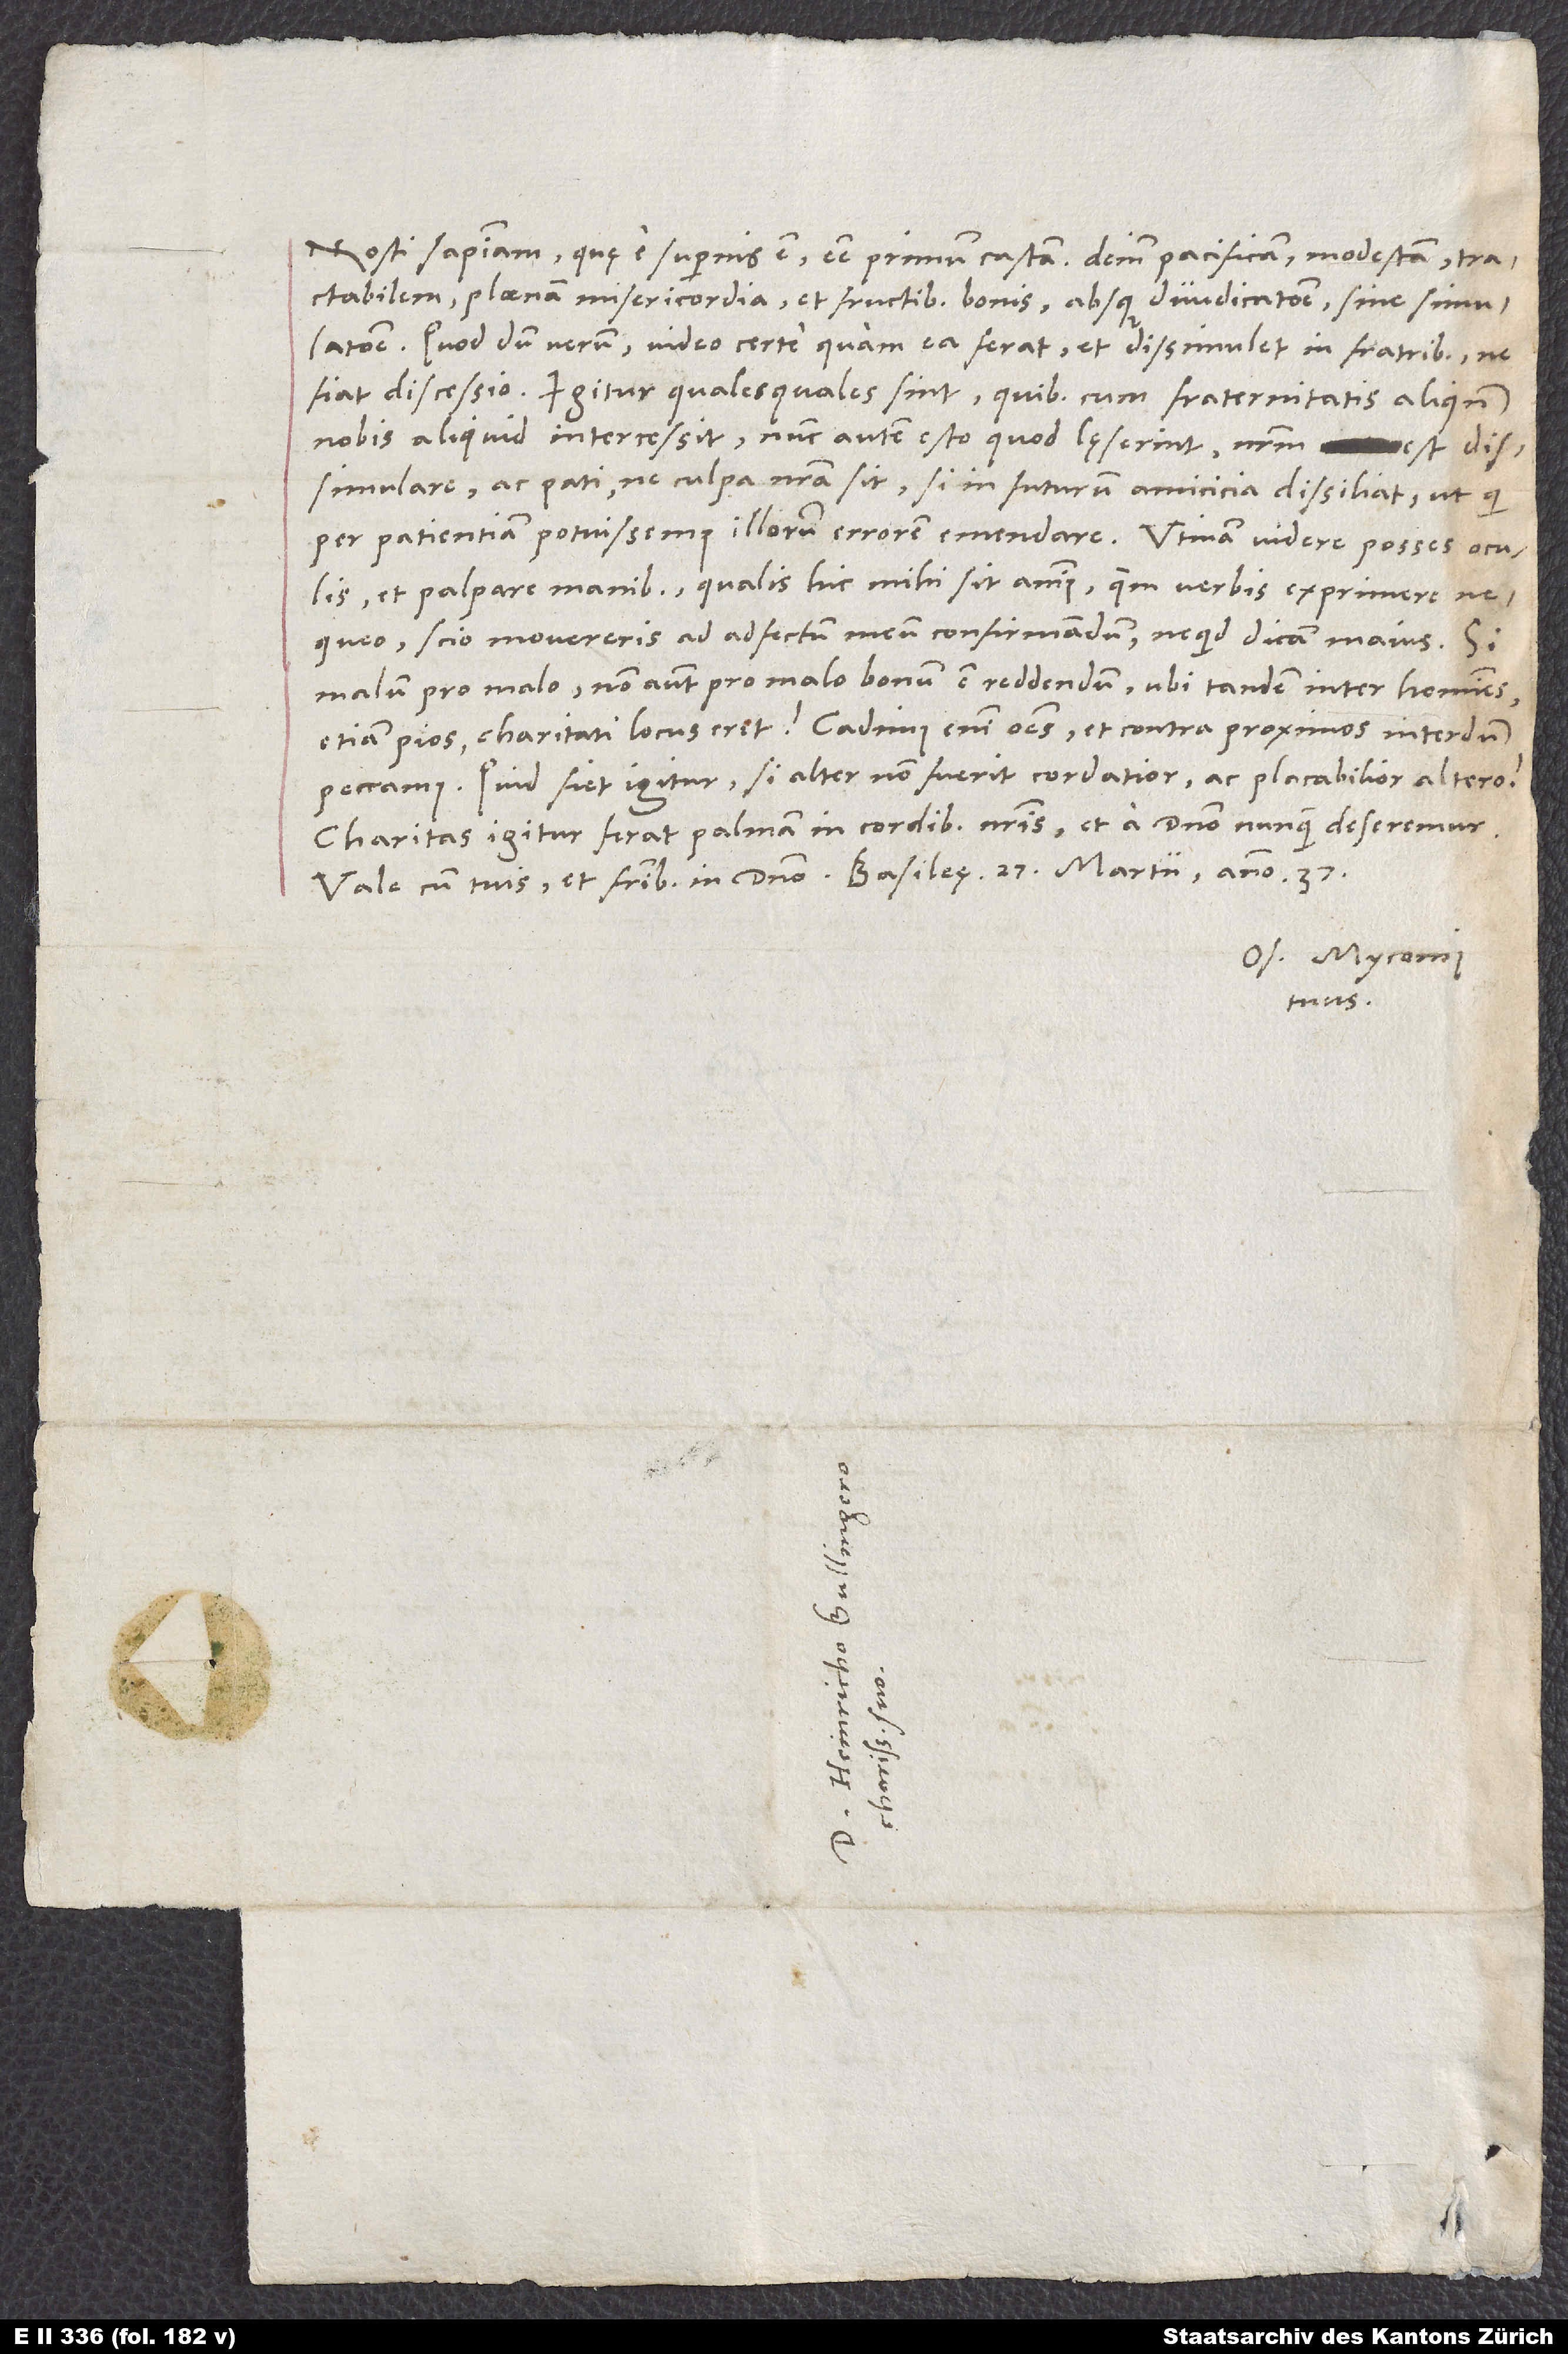
Nosti sapientiam, quę e supernis est, esse primum castam, deinde pacificam, modestam, tractabilem,
plaenam misericordia et fructibus bonis absque diiudicatione, sine simulatione.
Quod dum verum, video certe, quam ea ferat et dissimulet in fratribus, ne
fiat discessio. Igitur qualesquales sint, quibuscum fraternitatis aliquando
nobis aliquid intercessit, nunc autem esto, quod lęserint, nostrum
ac pati, ne culpa nostra sit, si in futurum amicicia dissiliat, ut qui
per patientiam potuissemus illorum errorem emendare. Utinam videre posses oculis
et palpare manibus, qualis hic mihi sit animus, quem verbis exprimere
nequeo. Scio, movereris ad adfectum meum confirmandum, ne quid dicam maius. Si
malum pro malo, non autem pro malo bonum est reddendum, ubi tandem inter homines
etiam pios charitati locus erit? Cadimus enim omnes et contra proximos interdum
peccamus. Quid fiet igitur, si alter non fuerit cordatior ac placabilior altero?
Charitas igitur ferat palmam in cordibus nostris, et a domino nunquam deseremur.
Os. Myconius
tuus.